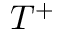
T ^ { + }